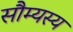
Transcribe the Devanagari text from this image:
सौम्यस्य